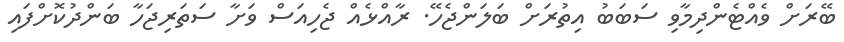
ބޭރަށް ވެއްޓެންދިމާވި ސަބަބު އިތުރަށް ބަލަންޖެހޭ. ރާއްޅެއް ޖެހިއަސް ވަށާ ސަތަރިޖަހާ ބަންދުކޮށްފައި